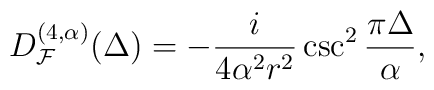
D_{{\cal F}}^{(4, \alpha)}(\Delta) =-\frac{i}{4 \alpha^2 r^{2}}\csc ^{2}\frac{\pi \Delta}{\alpha} ,